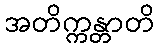
အတိက္ကန္တာတိ